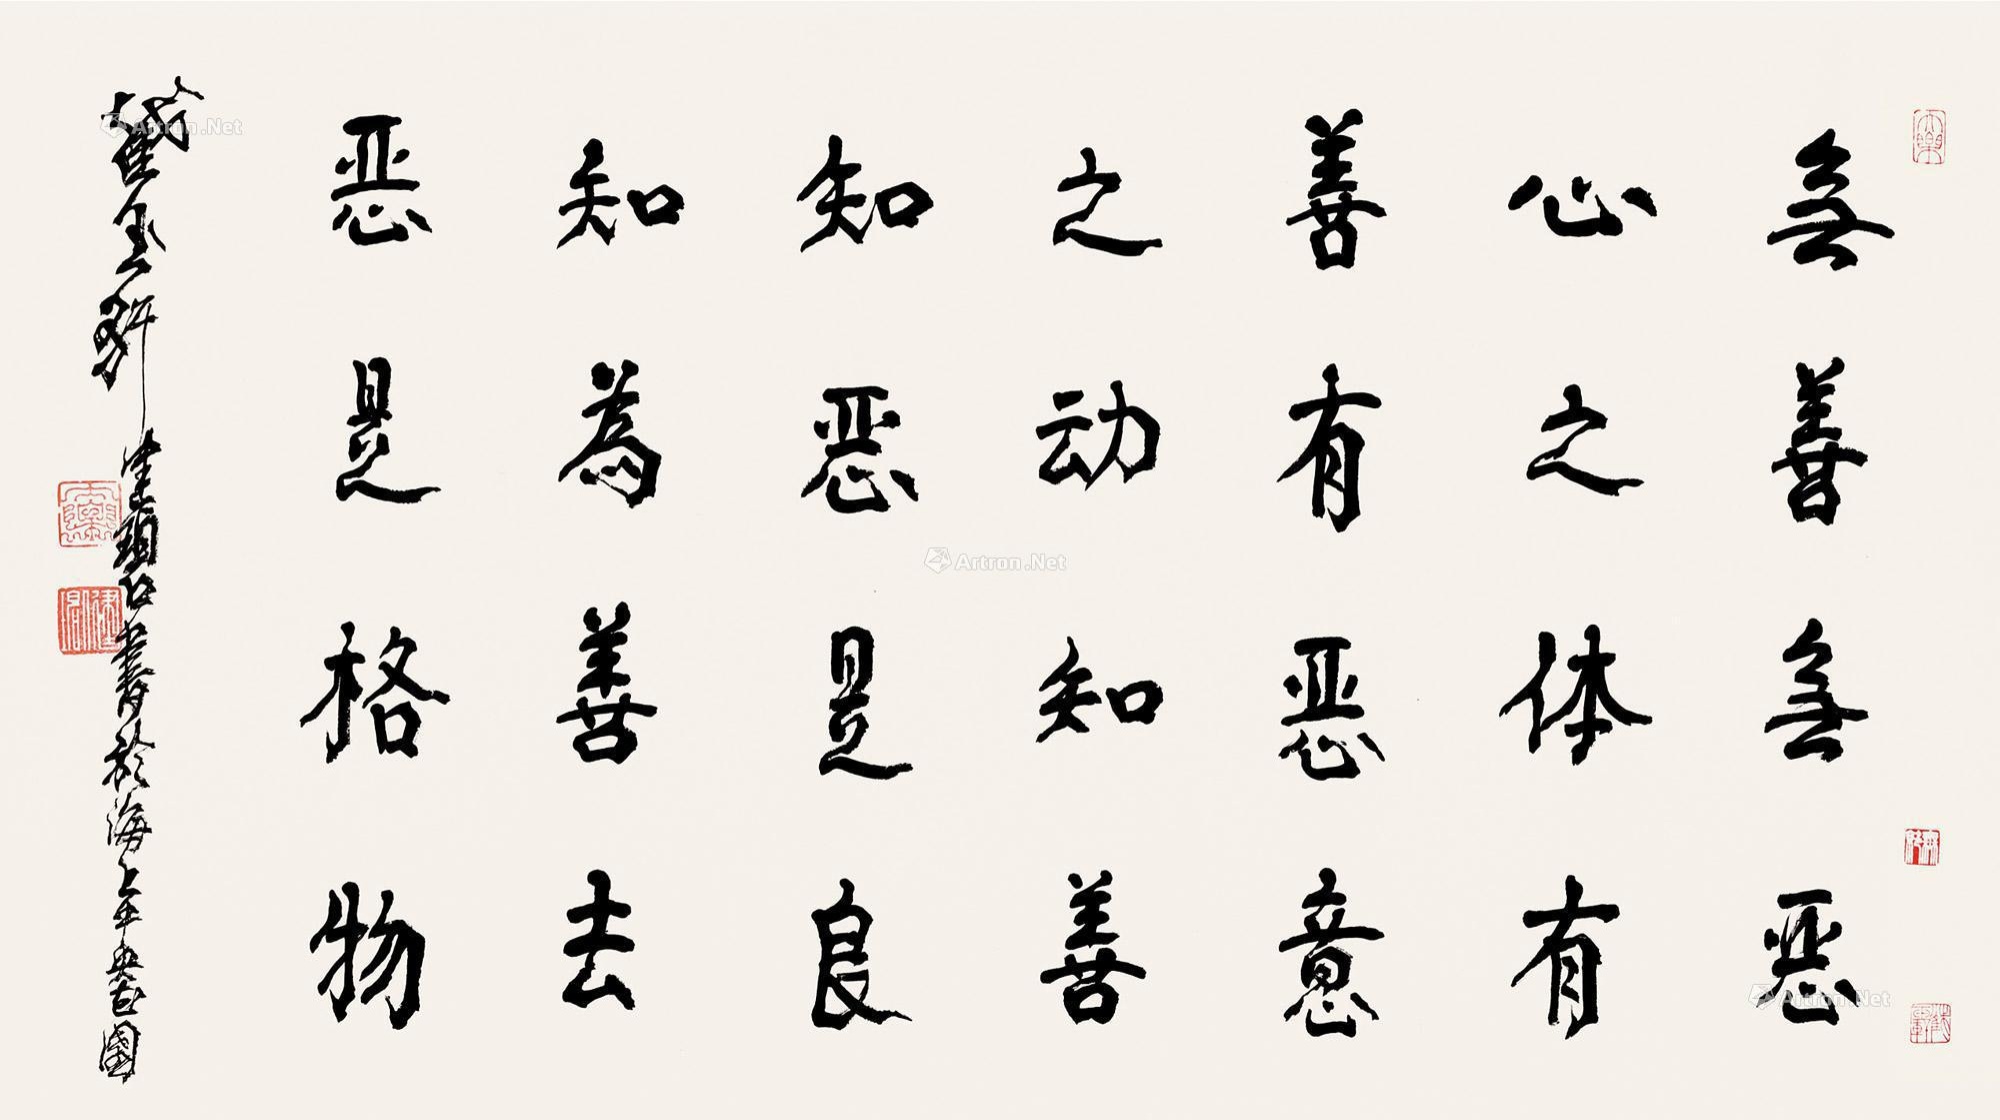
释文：无善无恶心之体，有善有恶意之动。知善知恶是良知，为善去恶是格物。截玉轩健碧书于海上中央花园。